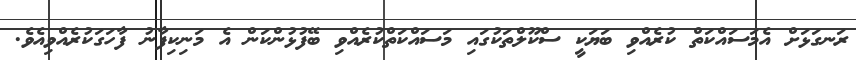
ރަނގަޅަށް އެމަސައްކަތް ކުރެއްވި ބަޔަކީ ސްކޫލްތަކުގައި މަސައްކަތްކުރެއްވި ބޭފުޅުންކަން އެ މަނިކިފާނު ފާހަގަކުރެއްވިއެވެ.